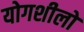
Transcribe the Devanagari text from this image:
योगशीलों